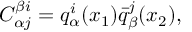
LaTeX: C _ { \alpha j } ^ { \beta i } = q _ { \alpha } ^ { i } ( x _ { 1 } ) \bar { q } _ { \beta } ^ { j } ( x _ { 2 } ) ,